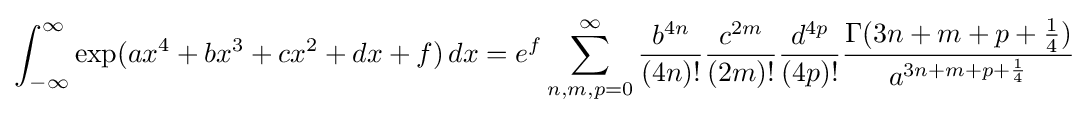
\int _{-\infty }^{\infty }\exp({ax^{4}+bx^{3}+cx^{2}+dx+f})\,dx=e^{f}\sum _{n,m,p=0}^{\infty }{\frac {b^{4n}}{(4n)!}}{\frac {c^{2m}}{(2m)!}}{\frac {d^{4p}}{(4p)!}}{\frac {\Gamma (3n+m+p+{\frac {1}{4}})}{a^{3n+m+p+{\frac {1}{4}}}}}